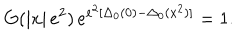
G ( \left| x \right| e ^ { 2 } ) \, e ^ { e ^ { 2 } [ \Delta _ { 0 } ( 0 ) - \Delta _ { 0 } ( x ^ { 2 } ) ] } = 1 .